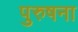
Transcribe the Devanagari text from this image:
पुरुषना